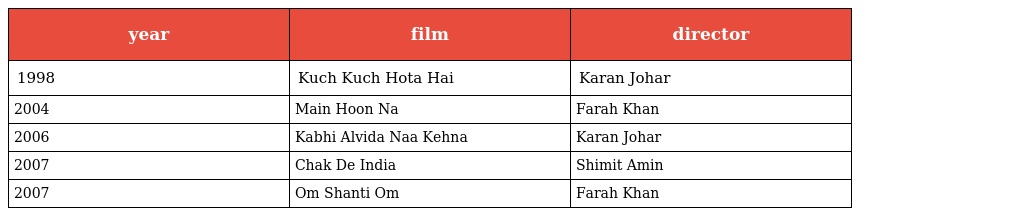
| year | film | director |
 | --- | --- | --- |
 | 1998 | Kuch Kuch Hota Hai | Karan Johar |
 | 2004 | Main Hoon Na | Farah Khan |
 | 2006 | Kabhi Alvida Naa Kehna | Karan Johar |
 | 2007 | Chak De India | Shimit Amin |
 | 2007 | Om Shanti Om | Farah Khan |